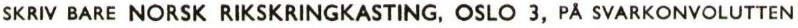
SKRIV BARE NORSK RIKSKRINGKASTING, OSLO 3, PÅ SVARKONVOLUTTEN